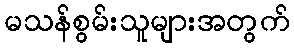
မသန်စွမ်းသူများအတွက်